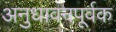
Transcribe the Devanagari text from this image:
अनुधावनपूर्वक